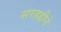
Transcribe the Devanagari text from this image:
सरहद्दीने